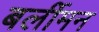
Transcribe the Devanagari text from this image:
बर्लीमन